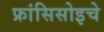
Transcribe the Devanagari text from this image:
फ्रांसिसोइचे